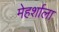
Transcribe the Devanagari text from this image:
मेहर्शाला